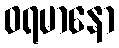
ဝရမာနော